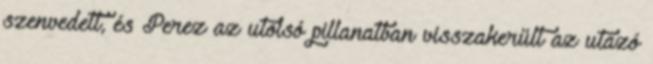
szenvedett, és Perez az utolsó pillanatban visszakerült az utazó